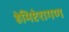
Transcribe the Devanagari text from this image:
हेमिप्टेरागण